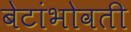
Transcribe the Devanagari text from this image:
बेटांभोवती